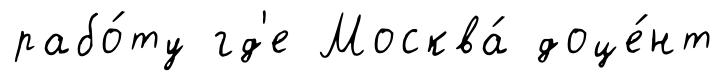
рабо́ту гд'е Москва́ доце́нт